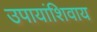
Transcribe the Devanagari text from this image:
उपायांशिवाय